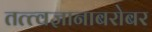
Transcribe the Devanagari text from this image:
तत्त्वज्ञानाबरोबर